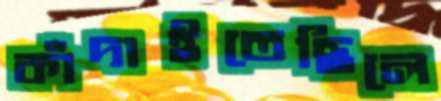
কাঁদাইতেছিলে